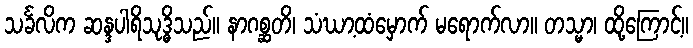
သင်္ခလိက ဆန္ဒပါရိသုဒ္ဓိသည်။ နာဂစ္ဆတိ၊ သံဃာ့ထံမှောက် မရောက်လာ။ တသ္မာ၊ ထို့ကြောင့်။